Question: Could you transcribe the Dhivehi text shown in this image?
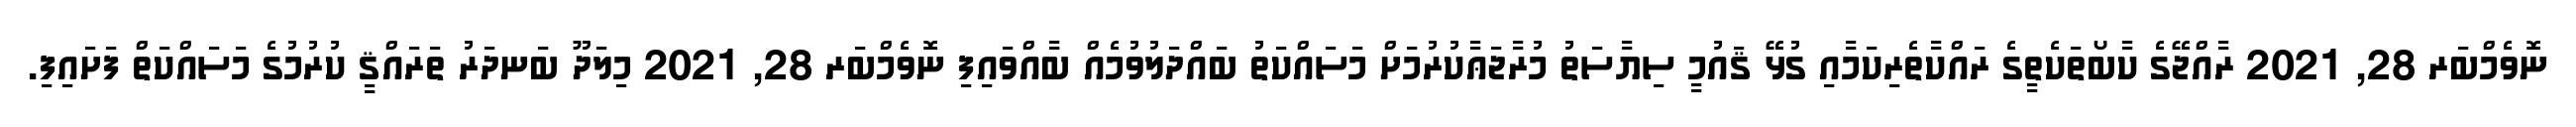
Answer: ނޮވެމްބަރ 28, 2021 ރާއްޖޭގެ ކާބޯތަކެތީގެ ރައްކާތެރިކަމާއި ގުޅޭ ޤައުމީ ސިޔާސަތު މުރާޖަޢާކުރުމަށް މަސައްކަތު ބައްދަލުވުމެއް ބާއްވައިފި ނޮވެމްބަރ 28, 2021 މިލަދޫ ބަނދަރު ތަރައްޤީ ކުރުމުގެ މަސައްކަތް ފަށައިފި.